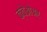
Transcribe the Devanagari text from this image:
क्वेओअर